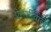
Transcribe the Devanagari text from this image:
ऐलर्जीवाले